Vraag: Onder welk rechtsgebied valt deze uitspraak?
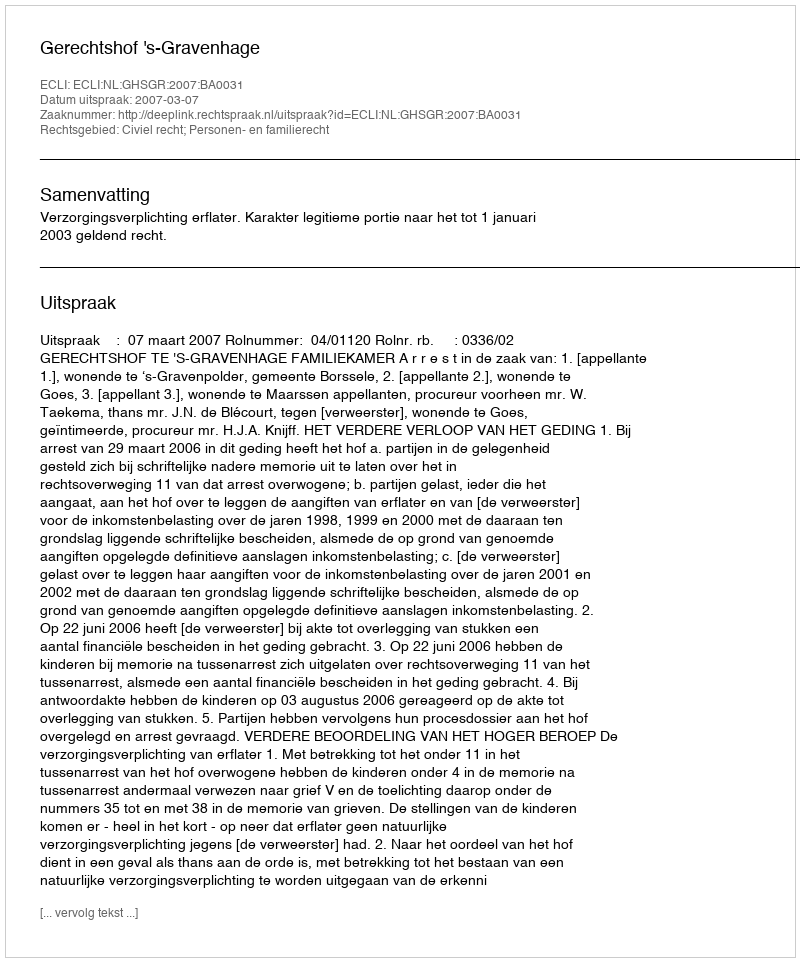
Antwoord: Civiel recht; Personen- en familierecht